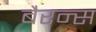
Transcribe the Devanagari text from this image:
बैरन्स